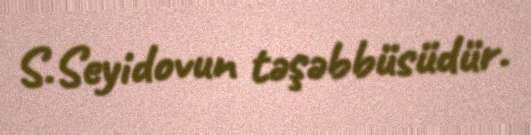
S.Seyidovun təşəbbüsüdür.